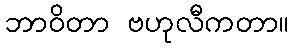
ဘာဝိတာ ဗဟုလီကတာ။